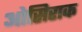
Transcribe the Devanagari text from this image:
ओसिराक